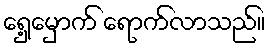
ရှေ့မှောက် ရောက်လာသည်။